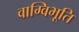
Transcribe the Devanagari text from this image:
वाग्विभूति